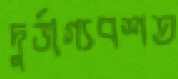
দুর্ভাগ্যবশত